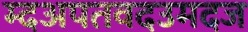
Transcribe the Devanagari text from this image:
म्दअपतवदउमदज